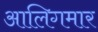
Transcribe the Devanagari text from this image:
आलिगमार